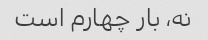
نه، بار چهارم است